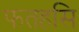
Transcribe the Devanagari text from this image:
फतहसि